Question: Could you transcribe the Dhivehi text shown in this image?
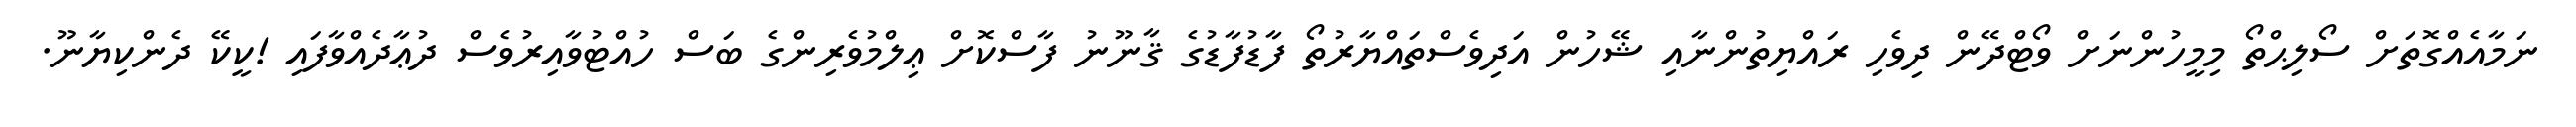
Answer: ނަމާއެއްގޮތަށް ސޯލިޙްތޯ މިމީހުންނަށް ވޯޓްދޭން ދިވެހި ރައްޔިތުންނާއި ޝޭހުން އަދިވެސްތައްޔާރުތޯ ފާޑުފާޑުގެ ޤާނޫނު ފާސްކޮށް ޢިލްމުވެރިންގެ ބަސް ހުއްޓުވާއިރުވެސް ދުޢާދެއްވާފައި !ކީކޭ ދެންކިޔާނޫ.